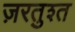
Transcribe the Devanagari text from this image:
ज़रतुश्त